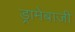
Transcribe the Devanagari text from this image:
ड्रामेबाजी